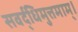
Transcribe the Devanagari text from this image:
सवर्द्धिमुत्तमाम्‌।